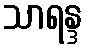
သာရန္ဒ